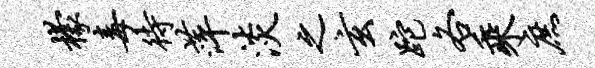
檬毒待萍淡之玄跎各乘庶